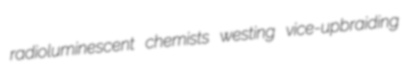
radioluminescent chemists westing vice-upbraiding